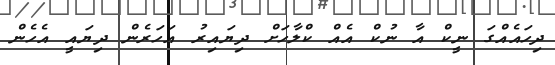
ދިހައެއްގަ ނީކް އާ ނުކް އެއް ކްލާހަށް ދިޔައިރު އަހަރެން ދިޔައީ އެހެން